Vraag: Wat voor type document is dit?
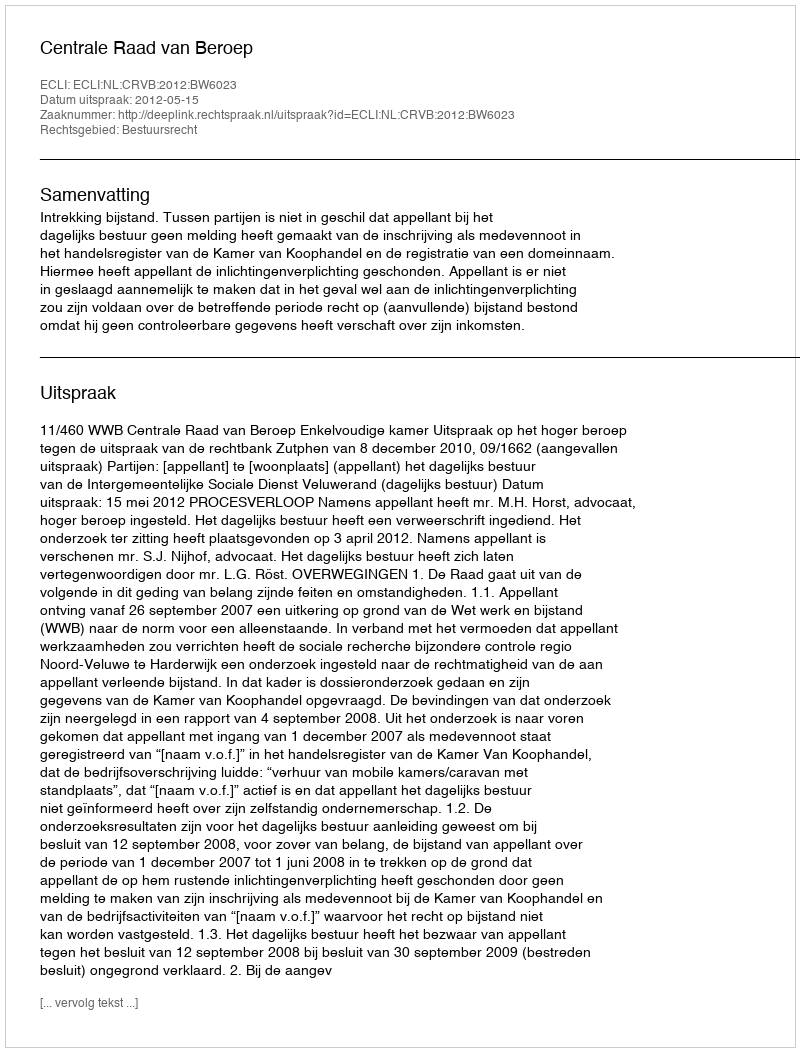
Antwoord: Uitspraak